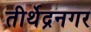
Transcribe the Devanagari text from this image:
तीर्थेद्रनगर